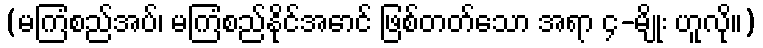
(မကြံစည်အပ်၊ မကြံစည်နိုင်အောင် ဖြစ်တတ်သော အရာ ၄-မျိုး ဟူလို။)